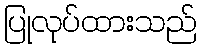
ပြုလုပ်ထားသည်